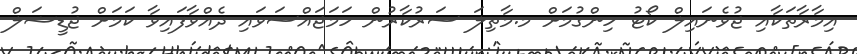
އިމާރާތަކާއި ޖުވެނައިލް ކޯޓު ހިންގުމަށް މ.މާތިލަ ސަރުކާރުން ހަމަޖައްސަވައި ދެއްވާފައިވާ ކަމަށް ޖުޑީޝަލް